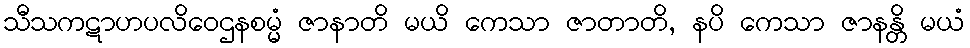
သီသကဋာဟပလိဝေဌနစမ္မံ ဇာနာတိ မယိ ကေသာ ဇာတာတိ, နပိ ကေသာ ဇာနန္တိ မယံ